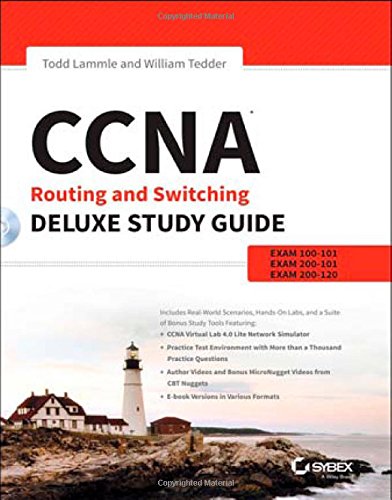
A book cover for CCNA Routing and Switching Deluxe Study Guide: Exams 100-101, 200-101, and 200-120; Todd Lammle; Computers & Technology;